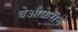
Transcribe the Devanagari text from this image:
बेऔफ्रेसने